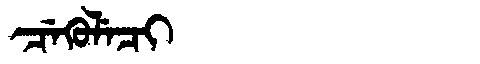
Manchu: ᠴᡝᡴᡠᠯᡝᠴᡳ
Romanization: CEKULECI